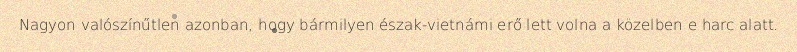
Nagyon valószínűtlen azonban, hogy bármilyen észak-vietnámi erő lett volna a közelben e harc alatt.